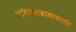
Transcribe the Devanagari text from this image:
अतिरक्तस्रावासाठी